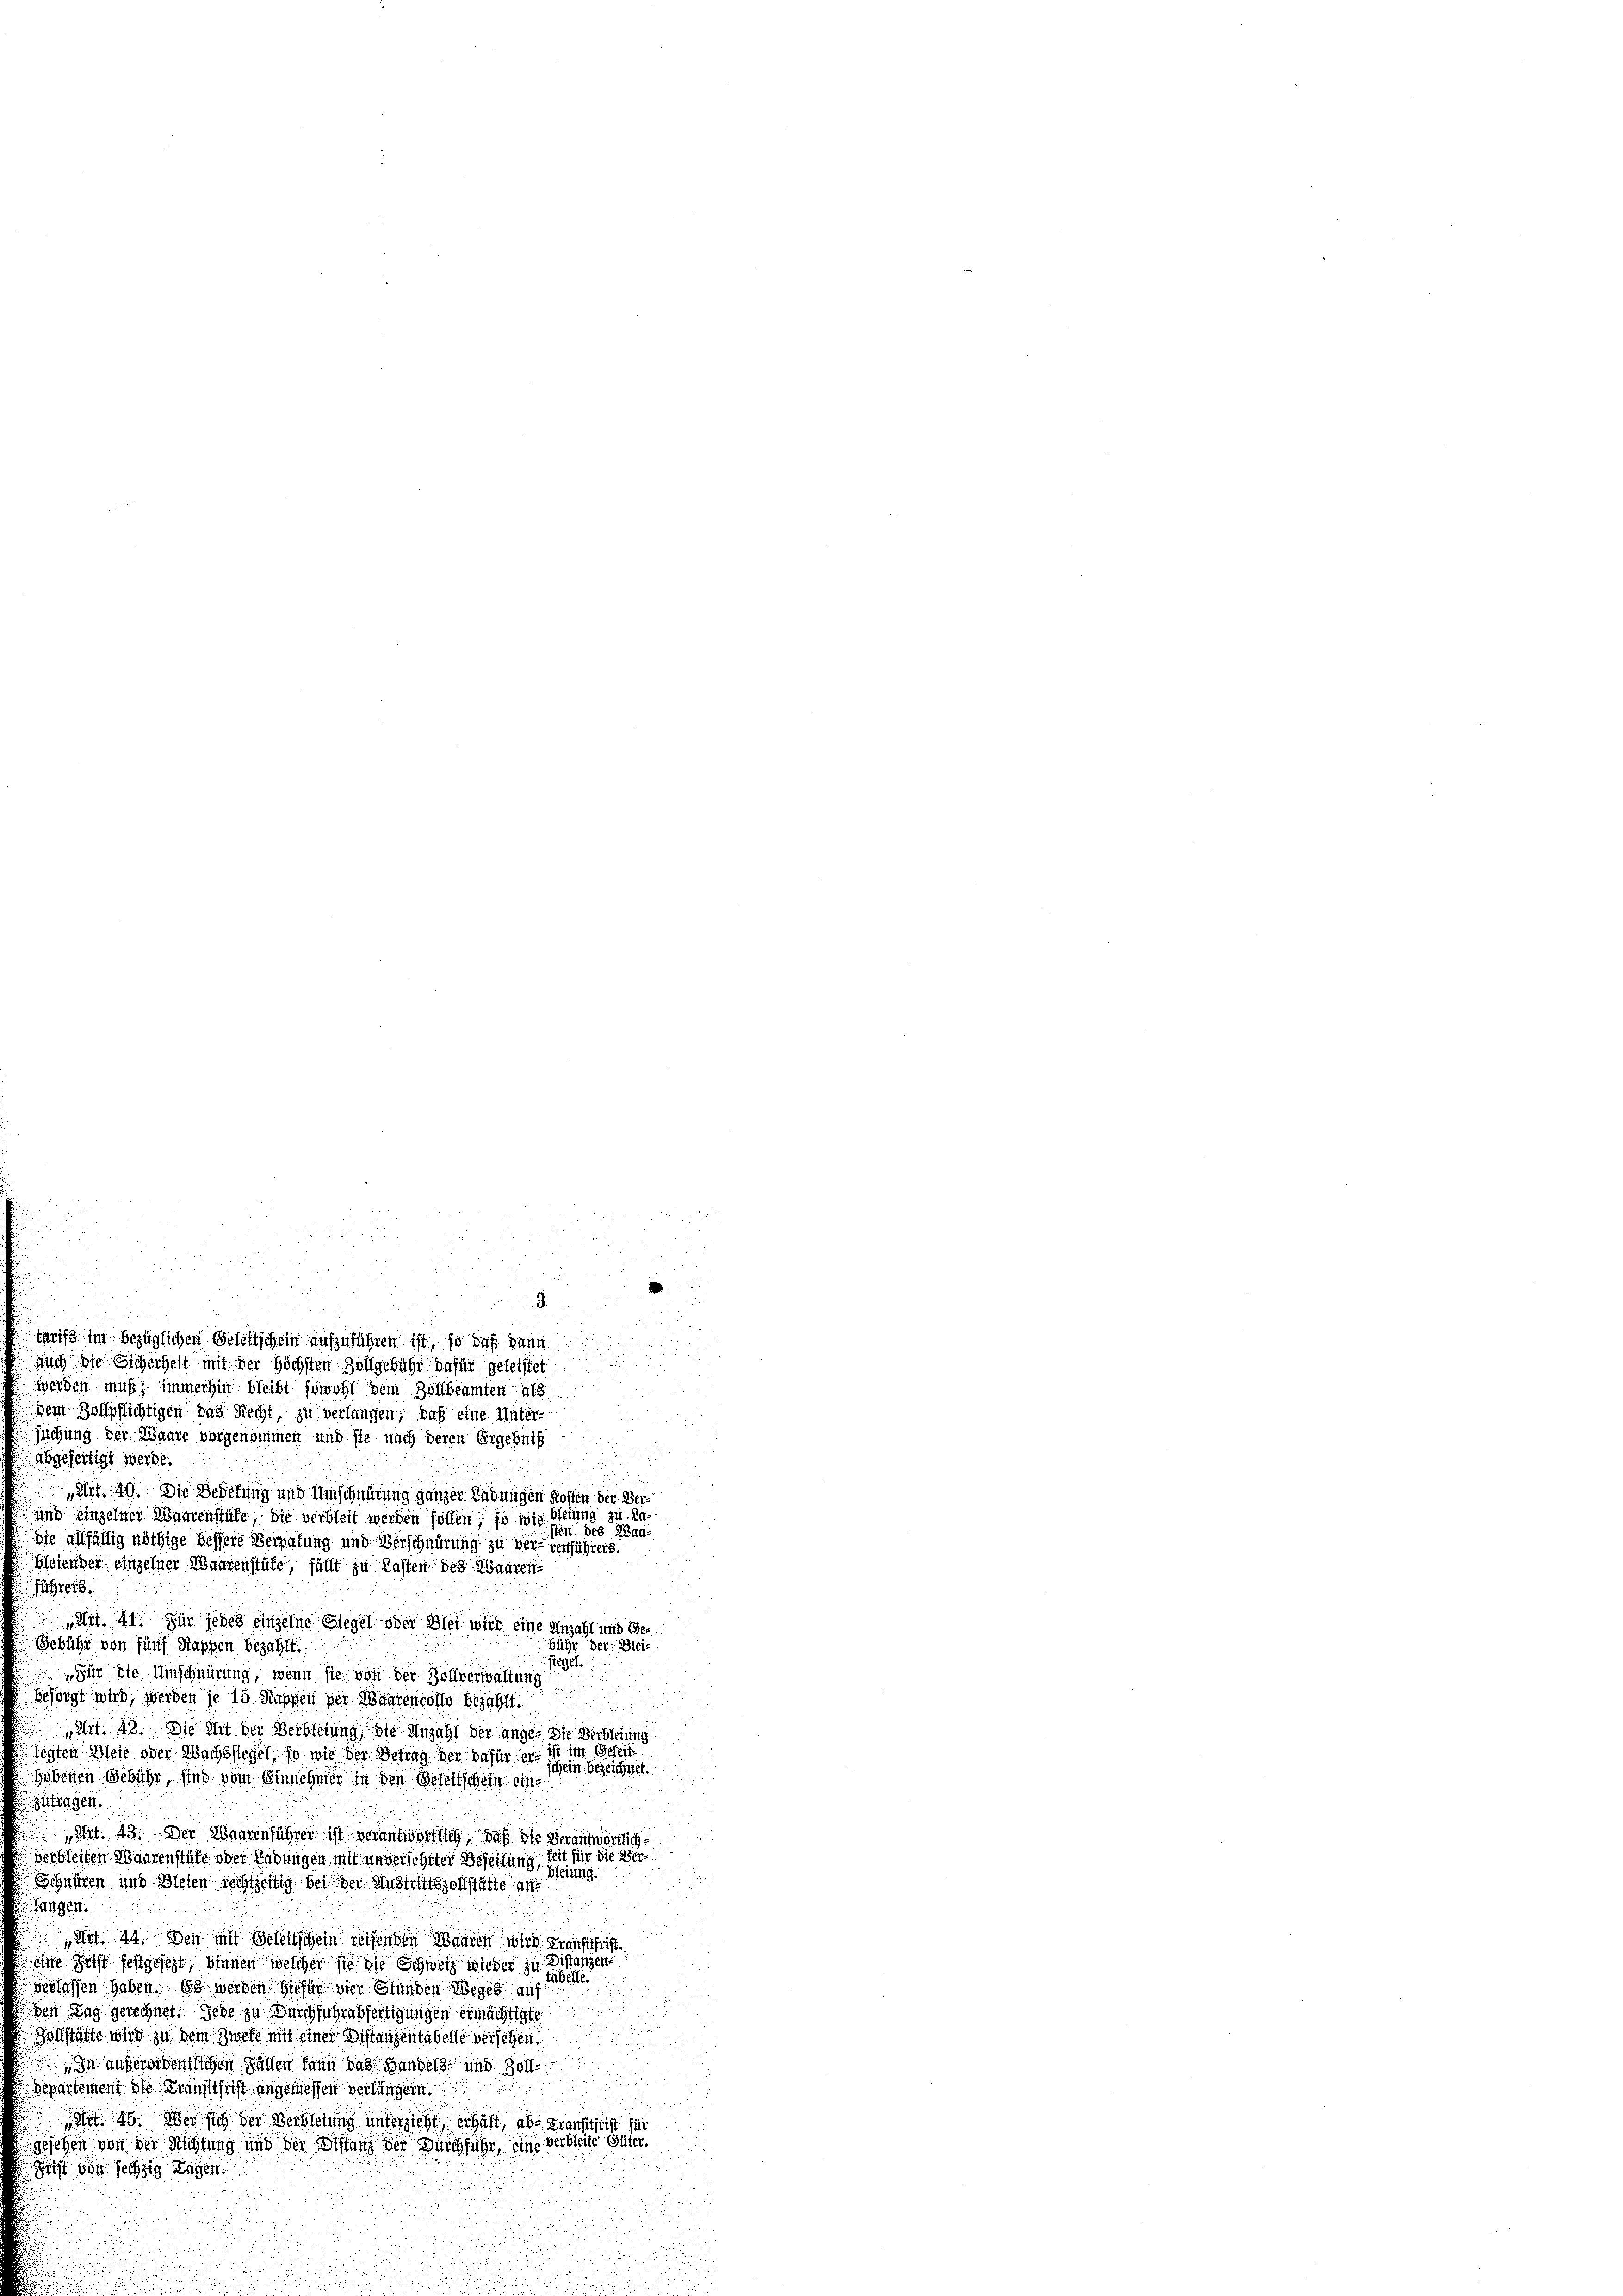
55
i
un
.
i
a
Tarifs im bezüglichen Geleitschein aufzuführen ist, so daß dann
auch die Sicherheit mit der höchsten Zollgebühr dafür geleistet.

e
werden muß, immerhin bleibt sowohl dem Zollbeamten als
dem Hofspflichtigen das Recht, zu verlangen, daß eine Unter-
u
suchung der Waare vorgenommen und sie nach deren Ergebnis

abgefertigt werde.
 Art. 40. Die Bedelung und Umschnürung ganzer Ladungen Kosten der Ver¬
und einzelner Waarenstüke, die verbleit werden sollen, so wie bleiung zu ka
sten des Waa¬
Sie allfällig nöthige bessere Verpetung und Verschnürung zu ver-venführers.
Bletender einzelner Waarenstüfe, fällt zu lasten des Waaren
Führer
Art. 41. Für jedes einzelne Siegel oder Blei wird eine Anzahl und Gebühr der Blei¬
Gebühr von fünf Kappen bezahlt.
siegel
„Für die Umschnürung, wenn sie von der Zollverwaltung
besorgt wird, werden je 15 Kappen der Maurencofte bezahlt.
Art. 42. Die Art der Verbleiung, die Anzahl der ange- Die Verbleiung
ist im Geheit
legten Weit oder Nachsstegel, so wie der Betrag der dafür er
hein bezeichnet.
Hobenen Gebühr, sind vom Einnehmer in den Beseitschein ein
zufingen.
Art. 43. Der Waarenführer ist verantwortlich, daß die Verantwortlich
Zeit für die Ververbleiten Waarenstüfe oder Ladungen mit unverschiter Beheilung herung.
Schnüren und Bleien rechtzeitig bei der Austrittsvollstatte an
fangen.
u
Art. 44. Den mit Beleitschein reifenden Waaren wird Kreisschrift.
seine Geist festgesezt, binnen welcher sie die Schweiz wieder zu Distanzen
tabelle.
verlassen haben. Es werden hiefür vier Stunden Weges auf
den Tag gerechnet. Jede zu Durchführubfertigungen ermächtigte
Bochstätte wird zu dem Zwete mit einer Distanzen tabelle versehen
In anverordentlichen Fällen kann das Handels und Zoll
Departement die Transttfrist angemessen verlängern
ert. 48. Wer sich der Verscherung unterzieht, erhält, ab. Dienschrift für
gesehen von der Richtung und der Distanz der Durchführ, eine verbleite Güter¬
Geist von sechzig Tagen.

1

een, und d
u
5